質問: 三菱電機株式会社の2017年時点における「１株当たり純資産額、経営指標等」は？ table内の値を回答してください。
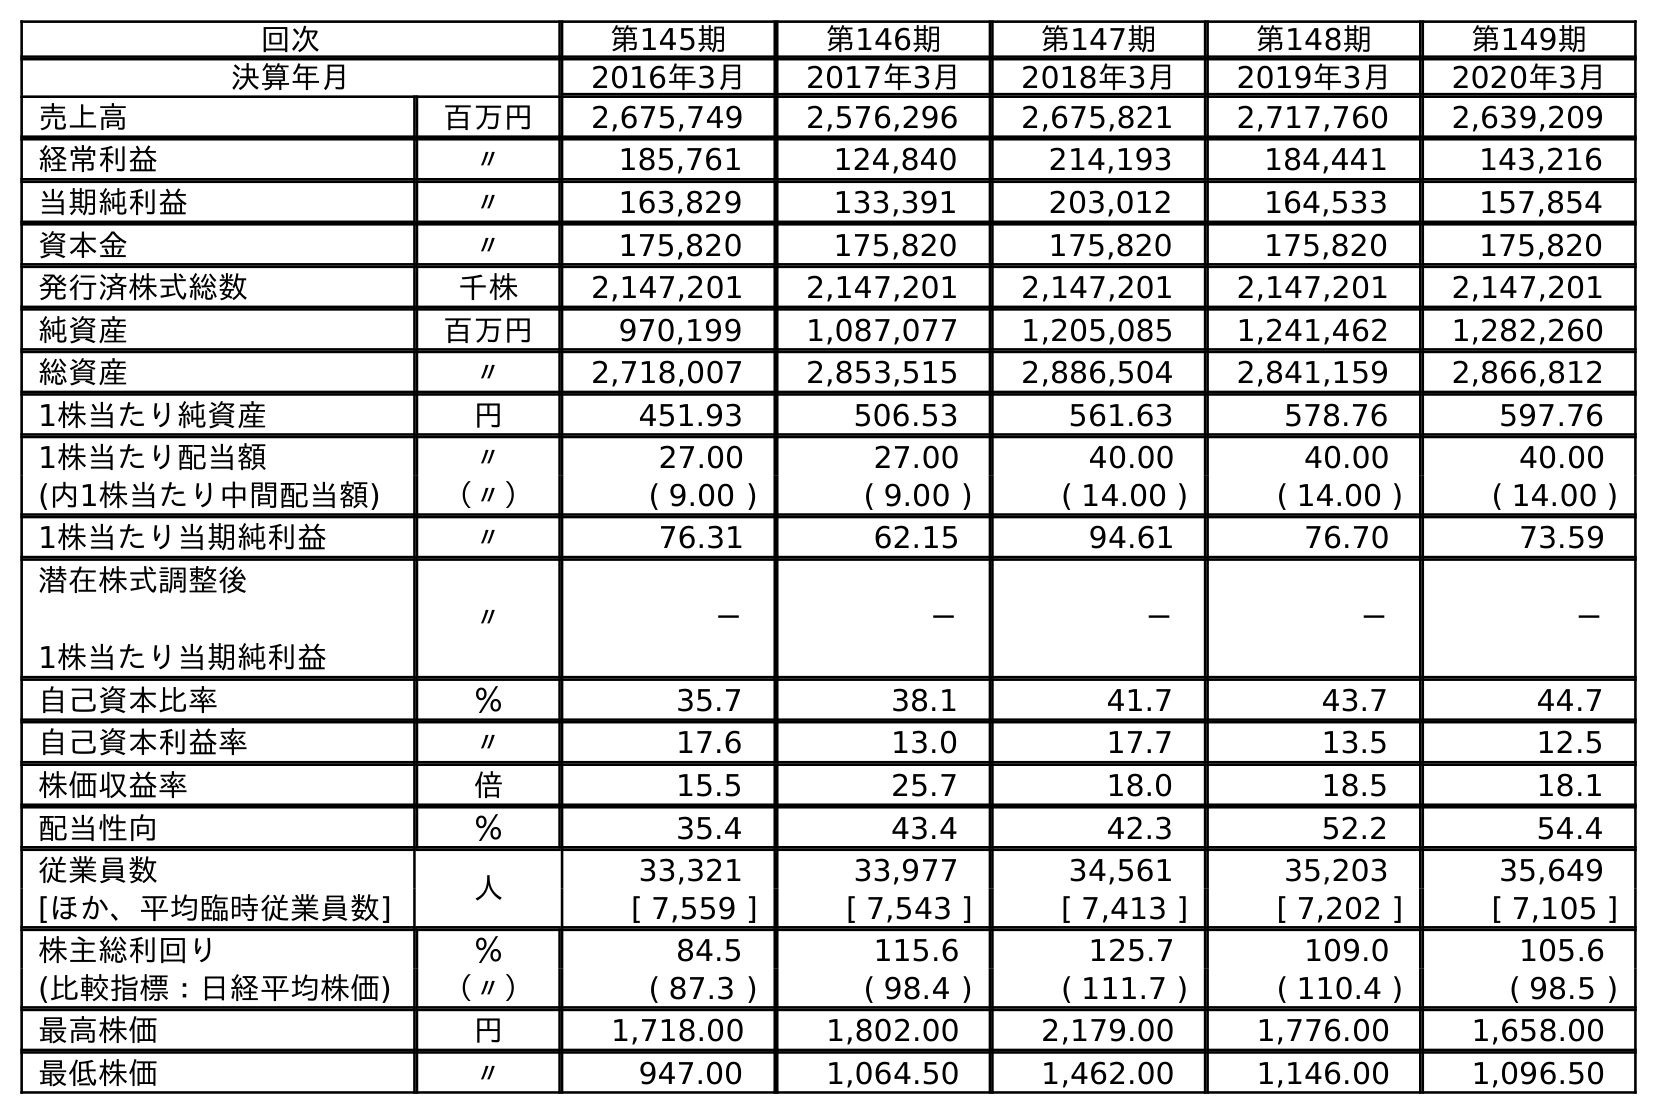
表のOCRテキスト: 回次 第145期 第146期 第147期 第148期 第149期 決算年月 2016年3月 2017年3月 2018年3月 2019年3月 2020年3月 売上高 百万円 2,675,749 2,576,296 2,675,821 2,717,760 2,639,209 経常利益 〃 185,761 124,840 214,193 184,441 143,216 当期純利益 〃 163,829 133,391 203,012 164,533 157,854 資本金 〃 175,820 175,820 175,820 175,820 175,820 発行済株式総数 千株 2,147,201 2,147,201 2,147,201 2,147,201 2,147,201 純資産 百万円 970,199 1,087,077 1,205,085 1,241,462 1,282,260 総資産 〃 2,718,007 2,853,515 2,886,504 2,841,159 2,866,812 1株当たり純資産 円 451.93 506.53 561.63 578.76 597.76 1株当たり配当額 〃 27.00 27.00 40.00 40.00 40.00 (内1株当たり中間配当額) （〃） ( 9.00 ) ( 9.00 ) ( 14.00 ) ( 14.00 ) ( 14.00 ) 1株当たり当期純利益 〃 76.31 62.15 94.61 76.70 73.59 潜在株式調整後 1株当たり当期純利益 〃 － － － － － 自己資本比率 ％ 35.7 38.1 41.7 43.7 44.7 自己資本利益率 〃 17.6 13.0 17.7 13.5 12.5 株価収益率 倍 15.5 25.7 18.0 18.5 18.1 配当性向 ％ 35.4 43.4 42.3 52.2 54.4 従業員数 人 33,321 33,977 34,561 35,203 35,649 [ほか、平均臨時従業員数] [ 7,559 ] [ 7,543 ] [ 7,413 ] [ 7,202 ] [ 7,105 ] 株主総利回り ％ 84.5 115.6 125.7 109.0 105.6 (比較指標：日経平均株価) （〃） ( 87.3 ) ( 98.4 ) ( 111.7 ) ( 110.4 ) ( 98.5 ) 最高株価 円 1,718.00 1,802.00 2,179.00 1,776.00 1,658.00 最低株価 〃 947.00 1,064.50 1,462.00 1,146.00 1,096.50
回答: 506.53